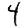
Digit: 4